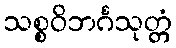
သစ္စဝိဘင်္ဂသုတ္တံ